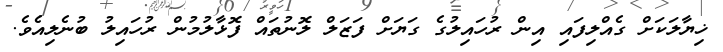
ޚިޔާލަކަށް ގެއްލިފައި އިން ރުހައިލުގެ ގަޔަށް ފަޒަލް ލޮނުތައް ފޮޅާލުމުން ރުހައިލު ބުނެލިއެވެ.